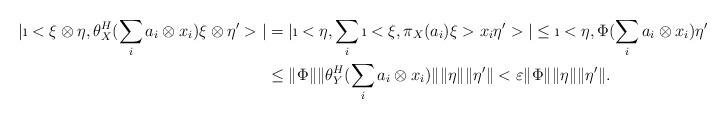
LaTeX: \begin{align*}| \i< \xi \otimes \eta, \theta_X^H (\sum_i a_i \otimes x_i ) \xi \otimes \eta' >|&=| \i< \eta, \sum_i \i< \xi, \pi_X( a_i) \xi > x_i \eta' > |\leq \i< \eta, \Phi (\sum_i a_i \otimes x_i ) \eta'> | \\& \leq \|\Phi \| \| \theta_Y^H (\sum_i a_i \otimes x_i ) \| \| \eta \| \| \eta ' \| < \varepsilon \|\Phi \| \| \eta \| \| \eta ' \|.\end{align*}